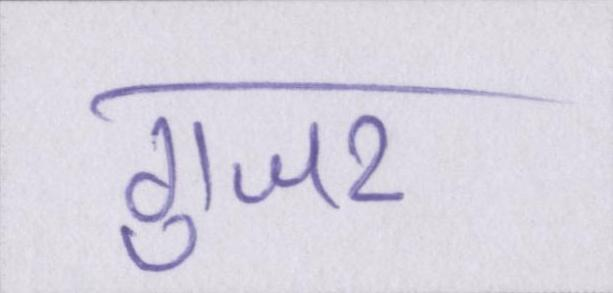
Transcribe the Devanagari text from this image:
गुजर